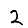
Digit: 2